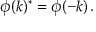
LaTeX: \phi ( k ) ^ { * } = \phi ( - k ) \, .